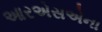
આરએસએના